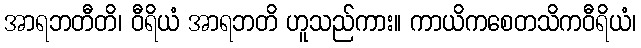
အာရဘတီတိ၊ ဝီရိယံ အာရဘတိ ဟူသည်ကား။ ကာယိကစေတသိကဝီရိယံ၊